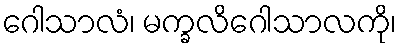
ဂေါသာလံ၊ မက္ခလိဂေါသာလကို၊